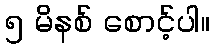
၅ မိနစ် စောင့်ပါ။